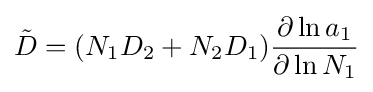
{\tilde {D}}=(N_{1}D_{2}+N_{2}D_{1}){\frac {\partial \ln a_{1}}{\partial \ln N_{1}}}